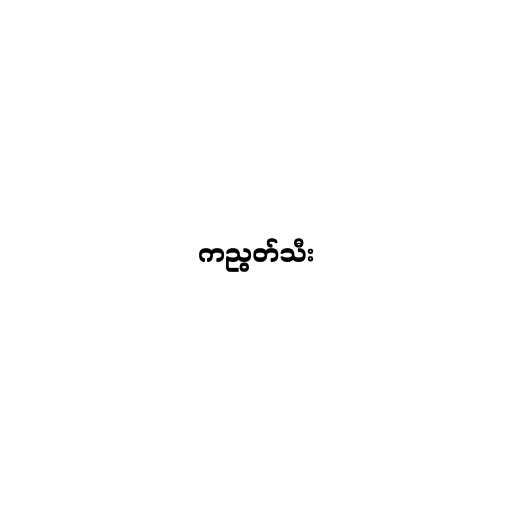
ကညွတ်သီး